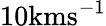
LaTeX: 10\mathrm{kms^{-1}}